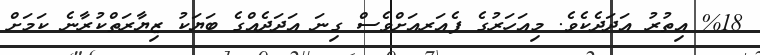
%18 އިތުރު އަދަދެކެެވެ. މިއަހަރުގެ ފެއަރއަށްވެސް ގިނަ އަދަދެއްގެ ބަޔަކު ޒިޔާރަތްކުރާނެ ކަމަށް